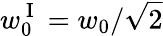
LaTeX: w_{0}^{\mathrm{~I~}}=w_{0}/\sqrt{2}